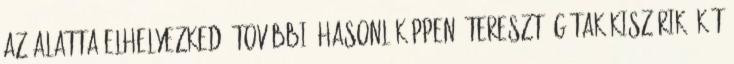
az alatta elhelyezkedő további, hasonlóképpen áteresztő gátak kiszűrik. Két